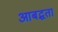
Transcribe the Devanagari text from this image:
आबद्धता